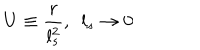
LaTeX: U \equiv \frac { r } { l _ { s } ^ { 2 } } , \ \ l _ { s } \rightarrow 0